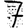
Digit: 7